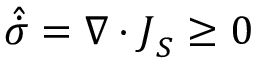
\hat { \dot { \sigma } } = \nabla \cdot \boldsymbol { J } _ { S } \ge 0